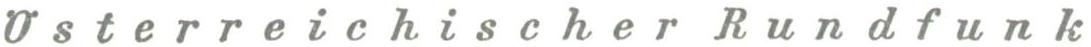
Österreichischer Rundfunk